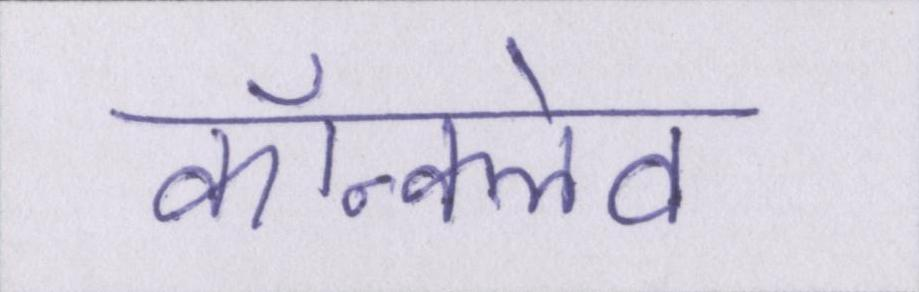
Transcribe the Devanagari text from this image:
कॉन्क्लेव